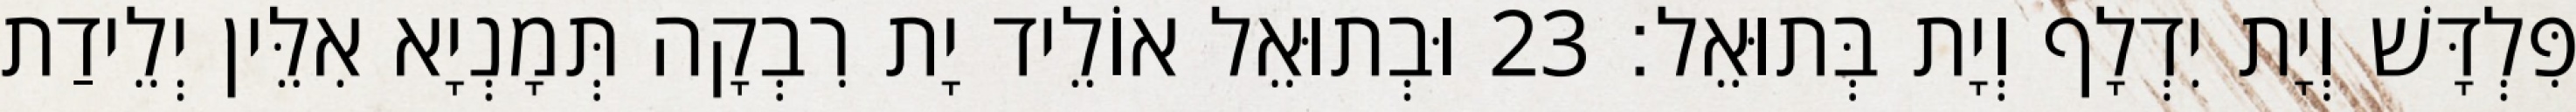
פִּלְדָּשׁ וְיָת יִדְלָף וְיָת בְּתוּאֵל׃ 23 וּבְתוּאֵל אוֹלֵיד יָת רִבְקָה תְּמָנְיָא אִלֵּין יְלֵידַת